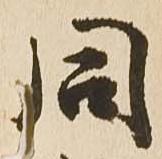
同